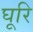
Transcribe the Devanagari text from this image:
घूरि